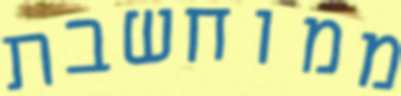
ממוחשבת